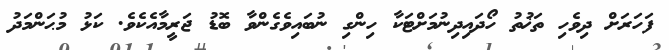
ފަހަރަށް ދިވެހި ތަޚުތު ހޯދައިދިނުމަށްޓަކާ ހިންގި ނުބައިވެގެންވާ ބޮޑު ޖަރީމާއެކެވެ. ކަޅު މުޙަންމަދު